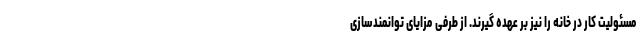
مسئولیت کار در خانه را نیز بر عهده گیرند. از طرفی مزایای توانمندسازی